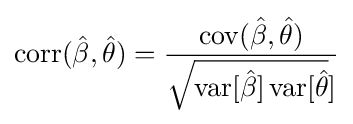
\operatorname {corr} ({\hat {\beta }},{\hat {\theta }})={\frac {\operatorname {cov} ({\hat {\beta }},{\hat {\theta }})}{{\sqrt {\operatorname {var} [{\hat {\beta }}]\operatorname {var} [{\hat {\theta }}}}]}}